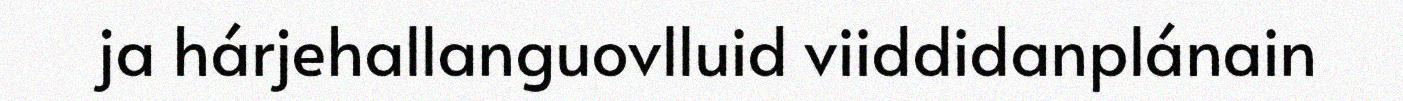
ja hárjehallanguovlluid viiddidanplánain